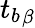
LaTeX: {t_{b}}_{\beta}